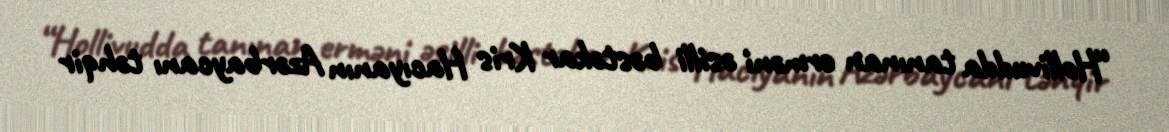
“Hollivudda tanınan erməni əsilli bəstəkar Kris Hacıyanın Azərbaycanı təhqir